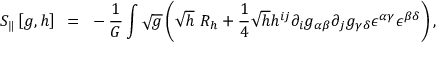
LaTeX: S _ { \| } \left[ g , h \right] ~ = ~ - { \frac { 1 } { G } } \int \sqrt g \left( \sqrt h ~ R _ { h } + { \frac { 1 } { 4 } } \sqrt h h ^ { i j } \partial _ { i } g _ { \alpha \beta } \partial _ { j } g _ { \gamma \delta } { \epsilon } ^ { \alpha \gamma } { \epsilon } ^ { \beta \delta } \right) ,